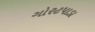
ગોરટપાડા